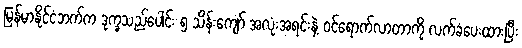
မြန်မာနိုင်ငံဘက်က ဒုက္ခသည်ပေါင်း ၅ သိန်းကျော် အလုံးအရင်းနဲ့ ဝင်ရောက်လာတာကို လက်ခံပေးထားပြီး